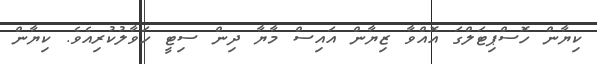
ކިޔާން ހޮސްޕިޓަލްގަ އޮއްވާ ޒިޔާން އައިސް މާޔާ ދިން ސިޓީ ހަވާލުކުރިއެވެ. ކިޔާން